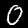
Label: 0